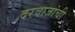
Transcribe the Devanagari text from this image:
दरवाजांची